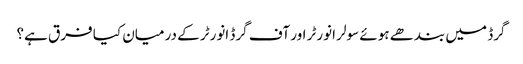
گرڈ میں بندھے ہوئے سولر انورٹر اور آف گرڈ انورٹر کے درمیان کیا فرق ہے؟